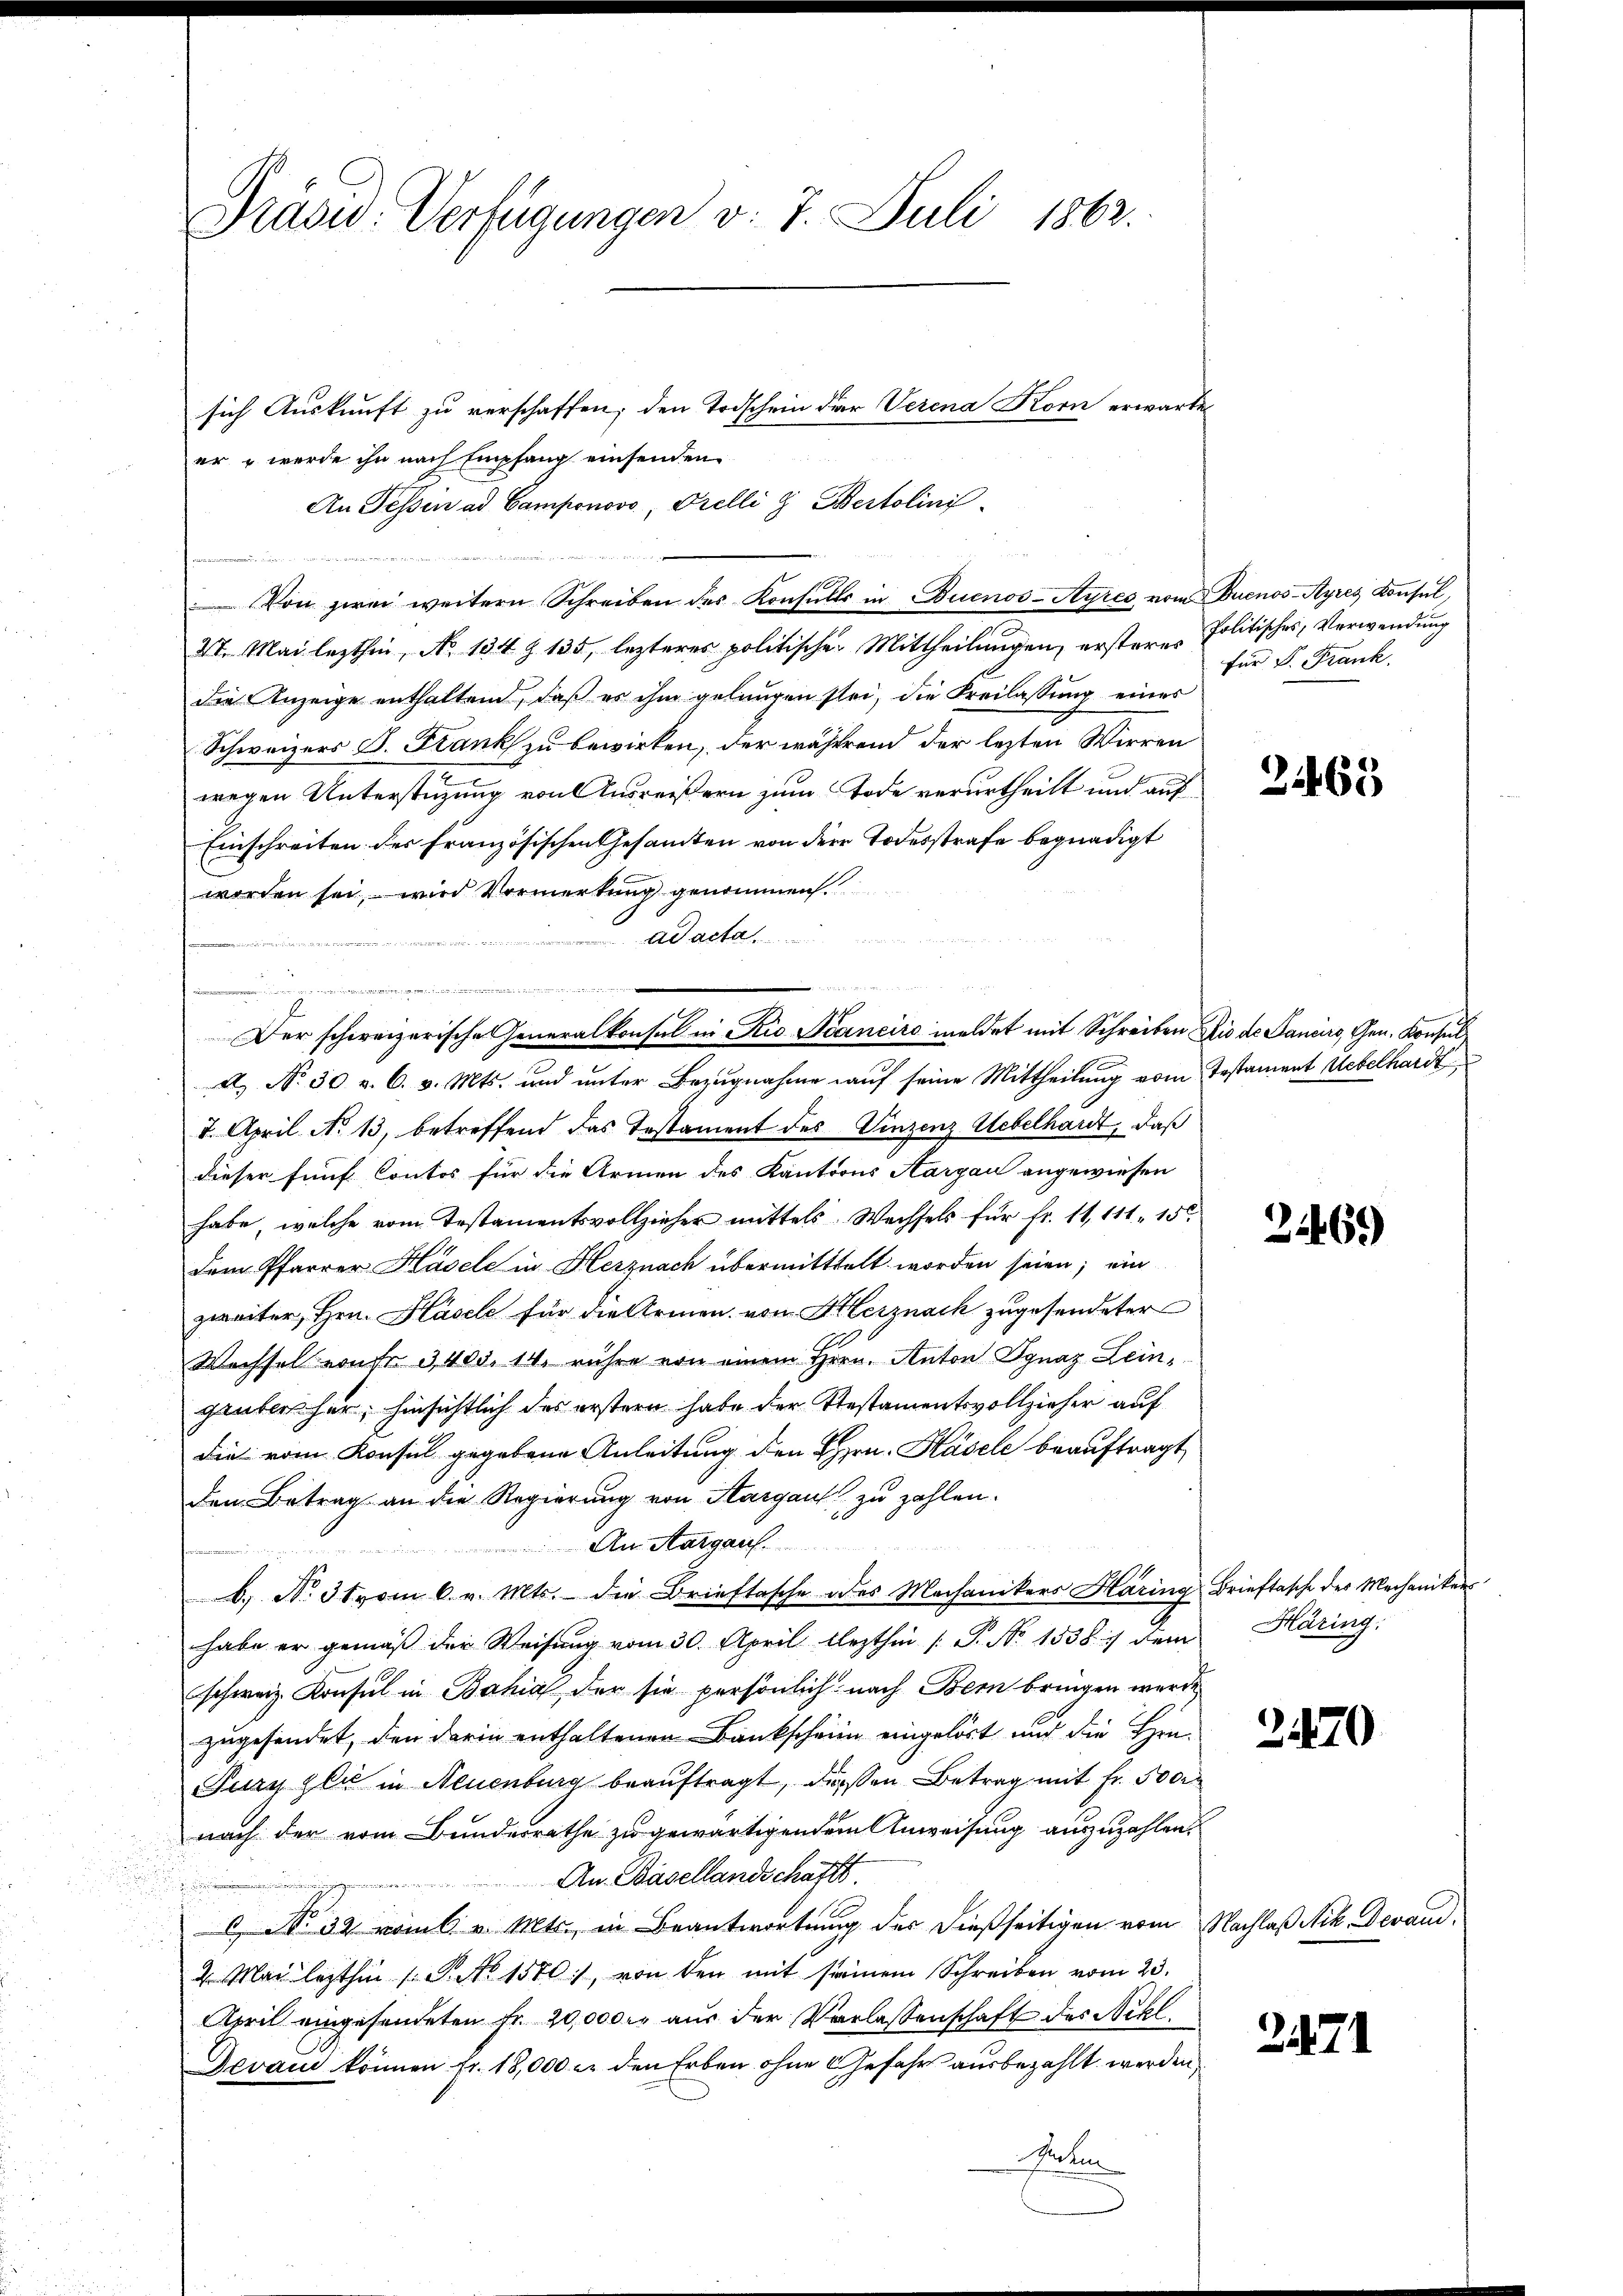
Präsid. Verfügungen v. 7. Juli 1863.

sich Auskunft zu verschaffen; den Todschein der Verena Korn erwarte
er & werde ihn nach Empfang einsenden
An Fessen ad Camponovo, Prellig Bestolini

2t. Mai lezthin, No 134 § 135, lezteres politische Mittheilungen, ersteres
die Anzeige enthaltend, daß es ihm gelungen sei, die Freilassung eines
Schweizers S. Frank zu bewirken, der während der lezten Wirren
wegen Unterstüzung von Ausreißern zum Tode verurtheilt und auf
Einschreiten des Französischen Gesamten von der Todesstrafe begnadigt
worden sei, wird Vormerkung genommen.
ad acta

A No 30 v. 6. v. Mts. und unter Bezugnahme auf seine Mittheilung vom Testament Uebelhardt
8. April No 13, betreffend das Testament des Vinzenz- Uebelhardt, daß
dieser fünf Contor für die Armen des Kantoons Aargau angewiesen
habe, welche vom Testamentsvollzieher mittels. Wechsels für fr. 11, 111 156.
dem Pfarrer Hasele in Herznach übermitttelt worden seien; ein
zweiter, Hrn. Hasel für die Armen von Herznach zugesendeter
Wachsel vonse 3400. 14. rühre von einem Hern. Anton Ignaz Leingruben her; hinsichtlich des erstern habe der Testamentsvollzieher auf
dies vom Konsul gegebene Anleitung den Hrn. Käsele beauftragt
dem Betrag an die Regierung von Aargau zu zahlen.
An Aargau
b. No. 31 vom 6. v. Mts. die Brieftasche des Mechanikers Haring Brieftasche des Mechaniker
habe er gemäß der Weisung vom 30. April lezthin /: P. Nr. 1538. 1 dem
schweiz. Konsul in Bahia der sie persönlich nach Bern bringen werde.
zugesendet, den darin enthaltenen Bankschein eingelöst und die Herrn
Pury gli in Neuenburg beauftragt, diesen Betrag mit fr. 500
nach der vom Bundesrathe zu gewärtigendem Anweisung auszuzahlen.
An Basellandschafft.
 No 32 roml. v. Mts., in Beantwortung der dießseitigen vom Nachlaß Nik. Derand,
4 Mai lezthin 1 S. No 1550), von den mit seinem Schreiben vom 23.
April eingesendeten Fr. 20,000 M aus der Verlassenschaft des Nikl.
Devan können fr. 18,000 er den Erben ohne Gefahr ausbezahlt werden,
Peten

Von zwei weitern Schreiben des Konsŭlls in Buenos-Ayres vom Buenos-Ayres Konsul,

n

Der schweizerische Generalkonsul in Rio Scaneiro meldet mit Schreiben die de Sanciers, Gen. Konsul

Politisches, Verwendung
für P. Frank.

21465

2469

Häring

2470

2471